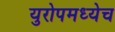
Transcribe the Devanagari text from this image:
युरोपमध्येच